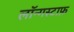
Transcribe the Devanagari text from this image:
लॉन्गस्टाफ़